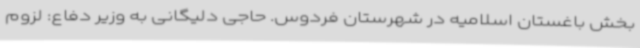
بخش باغستان اسلامیه در شهرستان فردوس. حاجی دلیگانی به وزیر دفاع: لزوم